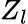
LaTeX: Z_{l}